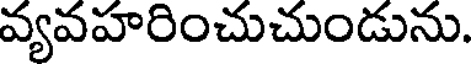
వ్యవహరించుచుండును.